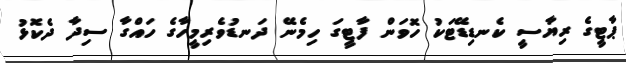
ޕާޓީގެ ރިޔާސީ ކެނޑިޑޭޓަކު ހޮވަން ފާޓީގަ ހިމެނޭ ދަނޑުވެރިމީހާގެ ހައްގާ ސިދާ ދެކޮޅު